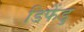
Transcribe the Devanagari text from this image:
डिफेंडु